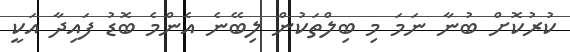
ކުރުކޮށް ބުނާ ނަމަ މި ބިލްތަކުން ލިބޭނެ އެންމެ ބޮޑު ފައިދާ އަކީ